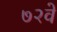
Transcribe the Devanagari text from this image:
७२वे